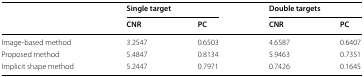
<table><thead><tr><td rowspan="2"></td><td colspan="2"><b>Single target</b></td><td colspan="2"><b>Double targets</b></td></tr><tr><td><b>CNR</b></td><td><b>PC</b></td><td><b>CNR</b></td><td><b>PC</b></td></tr></thead><tbody><tr><td>Image-based method</td><td>3.2547</td><td>0.6503</td><td>4.6587</td><td>0.6407</td></tr><tr><td>Proposed method</td><td>5.4847</td><td>0.8134</td><td>5.9463</td><td>0.7351</td></tr><tr><td>Implicit shape method</td><td>5.2447</td><td>0.7971</td><td>0.7426</td><td>0.1645</td></tr></tbody></table>